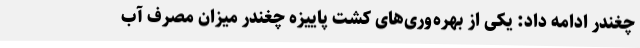
چغندر ادامه داد: یکی از بهره‌وری‌های کشت پاییزه چغندر میزان مصرف آب